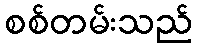
စစ်တမ်းသည်